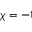
\chi = - 1